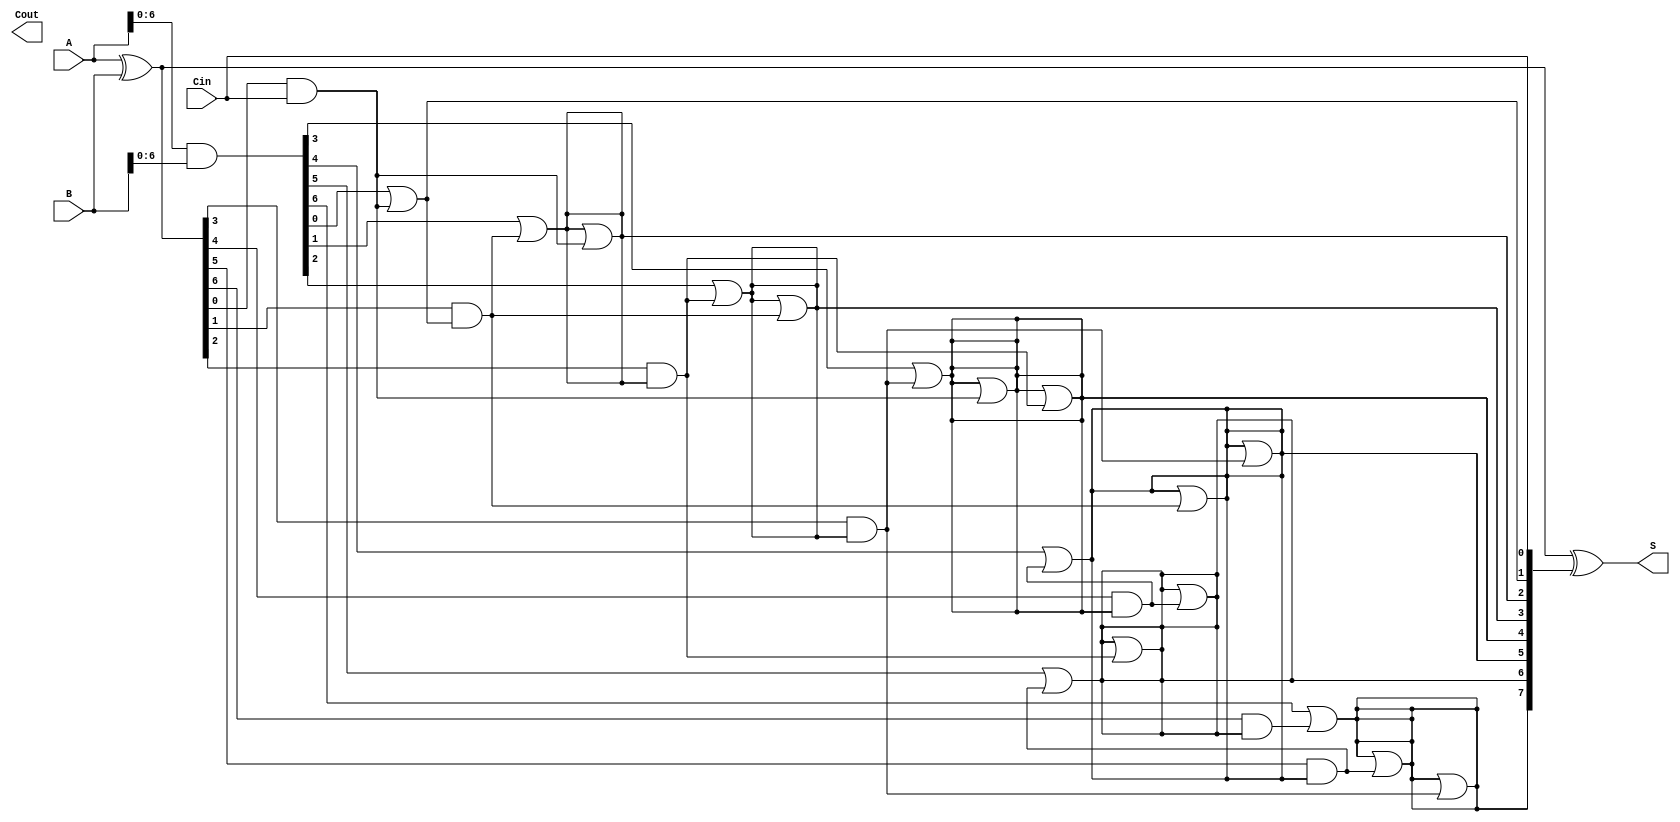
module KoggeStoneAdder #(parameter n = 8) (
    input  [n-1:0] A,      // First operand
    input  [n-1:0] B,      // Second operand
    input          Cin,     // Carry-in
    output [n-1:0] S,      // Sum output
    output         Cout     // Carry-out
);

    // Generate and Propagate signals
    wire [n-1:0] G; // Generate
    wire [n-1:0] P; // Propagate
    wire [n:0] C;   // Carry signals

    // Generate and Propagate calculations
    assign G = A & B;          // Generate
    assign P = A ^ B;          // Propagate
    assign C[0] = Cin;         // Initial carry-in

    // Carry generation using Kogge-Stone logic
    genvar i, j;
    generate
        // First stage
        for (i = 0; i < n; i = i + 1) begin
            if (i > 0) begin
                assign C[i] = G[i-1] | (P[i-1] & C[i-1]);
            end
        end

        // Additional stages for carry propagation
        for (j = 1; j < n; j = j + 1) begin
            for (i = 0; i < n; i = i + 1) begin
                if (i >= (1 << j)) begin
                    assign C[i] = C[i] | (P[i - (1 << j)] & C[i - (1 << j)]);
                end
            end
        end
    endgenerate

    // Sum calculation
    assign S = P ^ C[n-1:0]; // Sum bits

    // Carry-out
    assign Cout = C[n]; // Final carry-out

endmodule